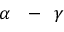
\ensuremath { \alpha } \mathrm { ~ \ensuremath ~ { ~ - ~ } ~ } \ensuremath { \gamma }